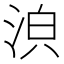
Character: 𣴼